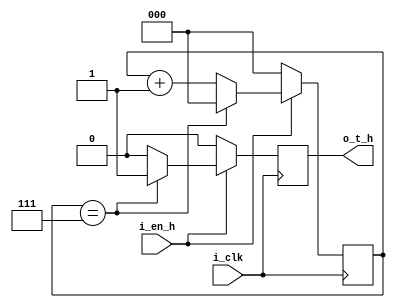
//-----------------------------------------------------------------------------
	//counter 8 tick (80x25)
//-----------------------------------------------------------------------------
module vga_tic_8
(
    input wire i_clk,
	input wire i_en_h,
	output wire o_t_h
);

reg [2:0] q = 0;
reg t = 0;

always @(posedge i_clk)
begin
    if (i_en_h) begin
        if (q == 7) begin
            q <= 0;
            t <= 1;
		end else begin
            q <= q + 1'b1;
            t <= 0;
		end
	end else begin
	    q <= 0;
		t <= 0;
	end
end

assign o_t_h = t;

endmodule